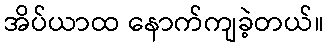
အိပ်ယာထ နောက်ကျခဲ့တယ်။